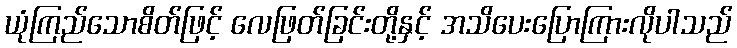
ယုံကြည်သောစိတ်ဖြင့် လေဖြတ်ခြင်းတို့နှင့် အသိပေးပြောကြားလိုပါသည်